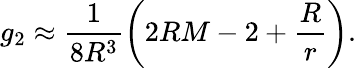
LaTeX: g_{2}\approx\frac{1}{8R^{3}}\left(2RM-2+\frac{R}{r}\right).